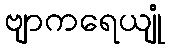
ဗျာကရေယျုံ